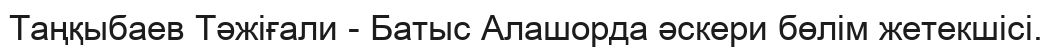
Таңқыбаев Тәжіғали - Батыс Алашорда әскери бөлім жетекшісі.